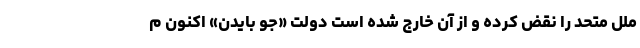
ملل متحد را نقض کرده و از آن خارج شده است دولت «جو بایدن» اکنون م